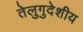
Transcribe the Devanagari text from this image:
तेलुगुदेशीय